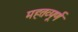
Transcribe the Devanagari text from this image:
महतव्पूर्ण